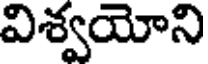
విశ్వయోని